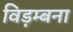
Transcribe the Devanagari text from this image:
विड़म्बना